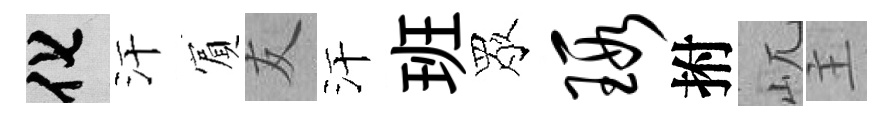
化汗賔友汗班眾瑕拊屼主